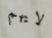
لايهم